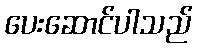
ပေးဆောင်ပါသည်